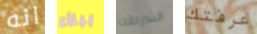
انه ببناء الشرطه عرفتك